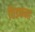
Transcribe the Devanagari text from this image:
छिडकना